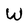
Character: W